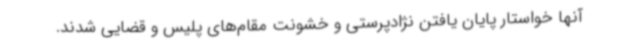
آنها خواستار پایان یافتن نژادپرستی و خشونت مقام‌های پلیس و قضایی شدند.